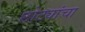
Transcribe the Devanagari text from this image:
छोट्यांचा